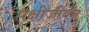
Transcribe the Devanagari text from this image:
पक्षीजीवन